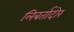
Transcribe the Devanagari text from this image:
लिबर्तादोर